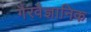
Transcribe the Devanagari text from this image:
गैरवैज्ञानिक